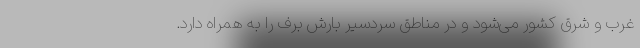
غرب و شرق کشور می‌شود و در مناطق سردسیر بارش برف را به همراه دارد.